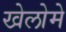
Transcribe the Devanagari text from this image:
खेलोमे